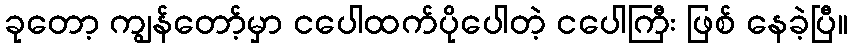
ခုတော့ ကျွန်တော့်မှာ ငပေါထက်ပိုပေါတဲ့ ငပေါကြီး ဖြစ် နေခဲ့ပြီ။